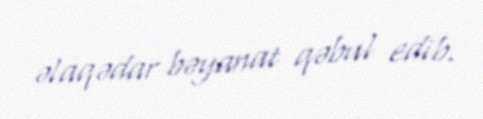
əlaqədar bəyanat qəbul edib.